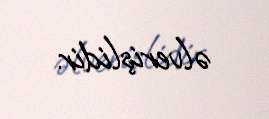
əlverişlidir.